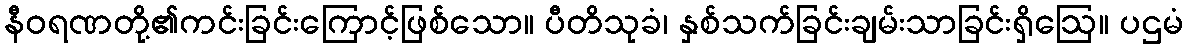
နီဝရဏတို့၏ကင်းခြင်းကြောင့်ဖြစ်သော။ ပီတိသုခံ၊ နှစ်သက်ခြင်းချမ်းသာခြင်းရှိဩေ။ ပဌမံ